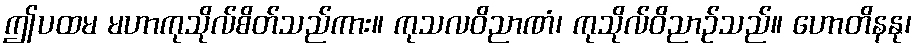
ဤပထမ မဟာကုသိုလ်စိတ်သည်ကား။ ကုသလဝိညာဏံ၊ ကုသိုလ်ဝိညာဉ်သည်။ ဟောတိနနု၊